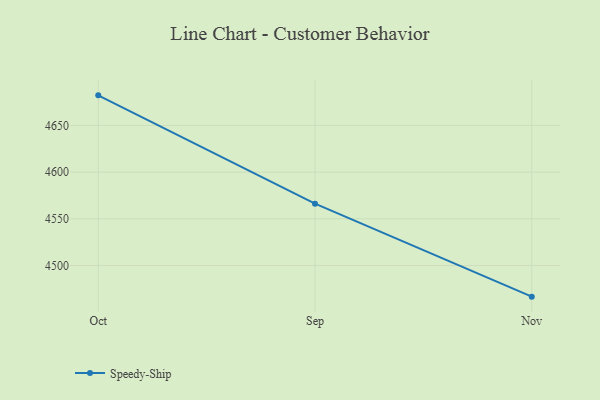
{"axis": {"x": "Month", "y": "Shipments"}, "legend": ["Speedy-Ship"], "data": [{"x": "Oct", "y": 4682.2, "type": "Speedy-Ship"}, {"x": "Sep", "y": 4566.2, "type": "Speedy-Ship"}, {"x": "Nov", "y": 4466.6, "type": "Speedy-Ship"}]}